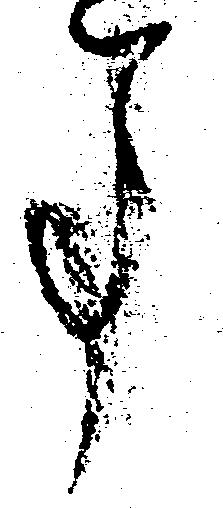
事